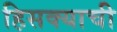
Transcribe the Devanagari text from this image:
हिसक्याची